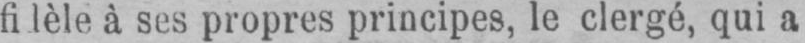
fi lèle à ses propres principes, le clergé, qui a